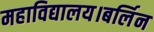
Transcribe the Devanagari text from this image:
महाविद्यालय।बर्लिन